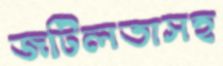
জটিলতাসহ